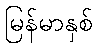
မြန်မာနှစ်